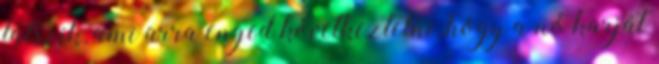
látszik, ami arra enged következtetni, hogy a nő karját